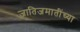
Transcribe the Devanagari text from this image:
जातिजमातींच्या